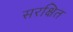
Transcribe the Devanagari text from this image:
सरक्षित